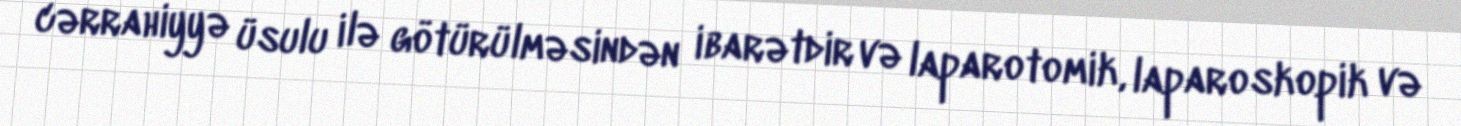
cərrahiyyə üsulu ilə götürülməsindən ibarətdir və laparotomik, laparoskopik və